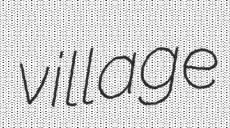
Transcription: village